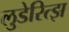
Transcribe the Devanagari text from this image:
लुडेरित्झ